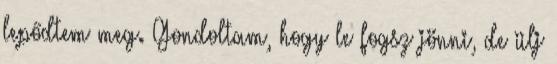
lepődtem meg. Gondoltam, hogy le fogsz jönni, de ülj